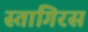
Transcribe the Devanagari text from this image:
स्तागिरस